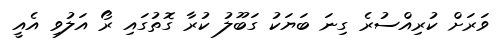
ވަރަށް ކުރިއްސުރެ ގިނަ ބަޔަކު ގަބޫލު ކުރާ ގޮތުގައި ރޯ އަލުވި އެއީ